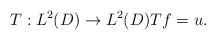
\begin{align*}T: L^2(D)\rightarrow L^2(D) Tf=u.\end{align*}